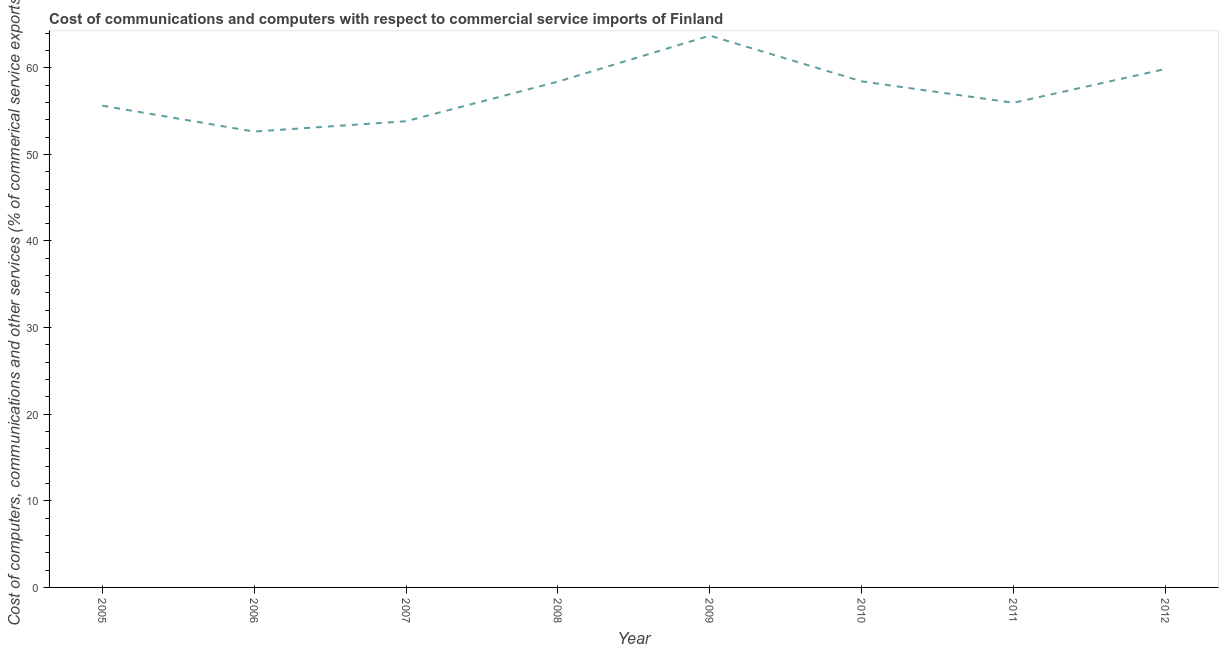
| Year | Computer |
 | --- | --- |
 | 2005 | 55.6 |
 | 2006 | 52.6 |
 | 2007 | 53.8 |
 | 2008 | 58.4 |
 | 2009 | 63.7 |
 | 2010 | 58.4 |
 | 2011 | 56 |
 | 2012 | 59.9 |